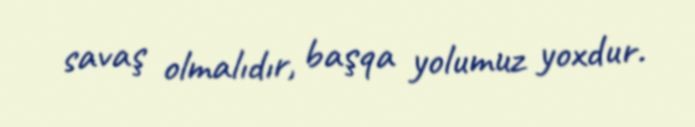
savaş olmalıdır, başqa yolumuz yoxdur.